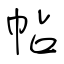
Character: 帖